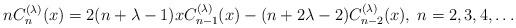
LaTeX: \begin{align*}nC_{n}^{(\lambda)}(x) = 2(n+\lambda-1) xC_{n-1}^{(\lambda)}(x) - (n+2\lambda-2)C_{n-2}^{(\lambda)}(x),\;n=2,3,4,\dots\end{align*}